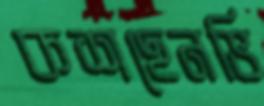
কশছেনভি